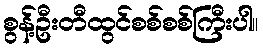
စွန့်ဦးတီထွင်စစ်စစ်ကြီးပါ။